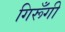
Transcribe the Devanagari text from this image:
गिरूँगी